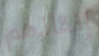
إنقاذهم